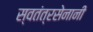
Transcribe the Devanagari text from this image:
स्वतंत्रसेनानी